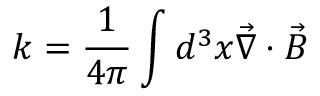
k = \frac { 1 } { 4 \pi } \int d ^ { 3 } x \vec { \nabla } \cdot \vec { B }